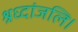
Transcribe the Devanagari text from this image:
श्रध्दांजलि।